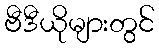
ဗီဒီယိုများတွင်